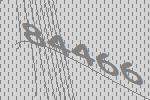
84466